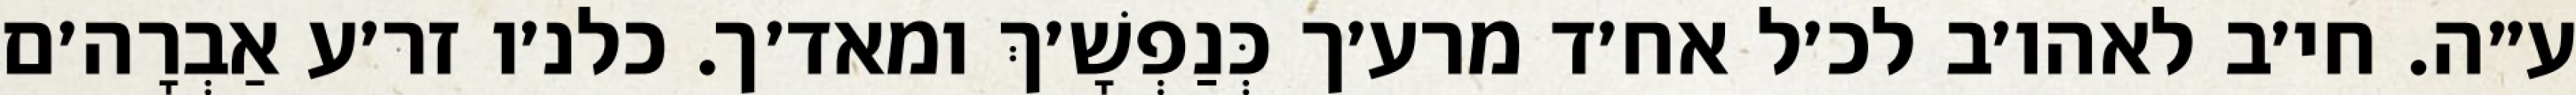
ע״ה. חי׳ב לאהו׳ב לכ׳ל אח׳ד מרע׳ך כְּנַפְשָׁ׳ךְ ומאד׳ך. כלנ׳ו זר׳ע אַבְרָה׳ם